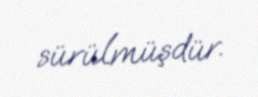
sürülmüşdür.